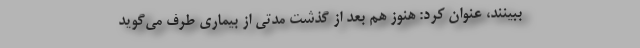
ببینند، عنوان کرد: هنوز هم بعد از گذشت مدتی از بیماری طرف می‌گوید